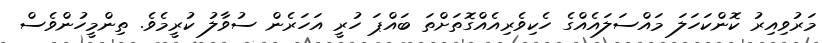
މަރުވިއިރު ކޮންކަހަލަ މައްސަލައެއްގެ ހެކިވެރިއެއްގޮތަށްތަ ބައްޕަ ހުރީ އަހަރެން ސުވާލު ކުރީމެވެ. ތިންމީހުންވެސް